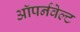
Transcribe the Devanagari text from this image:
ऑपर्नवेल्ट